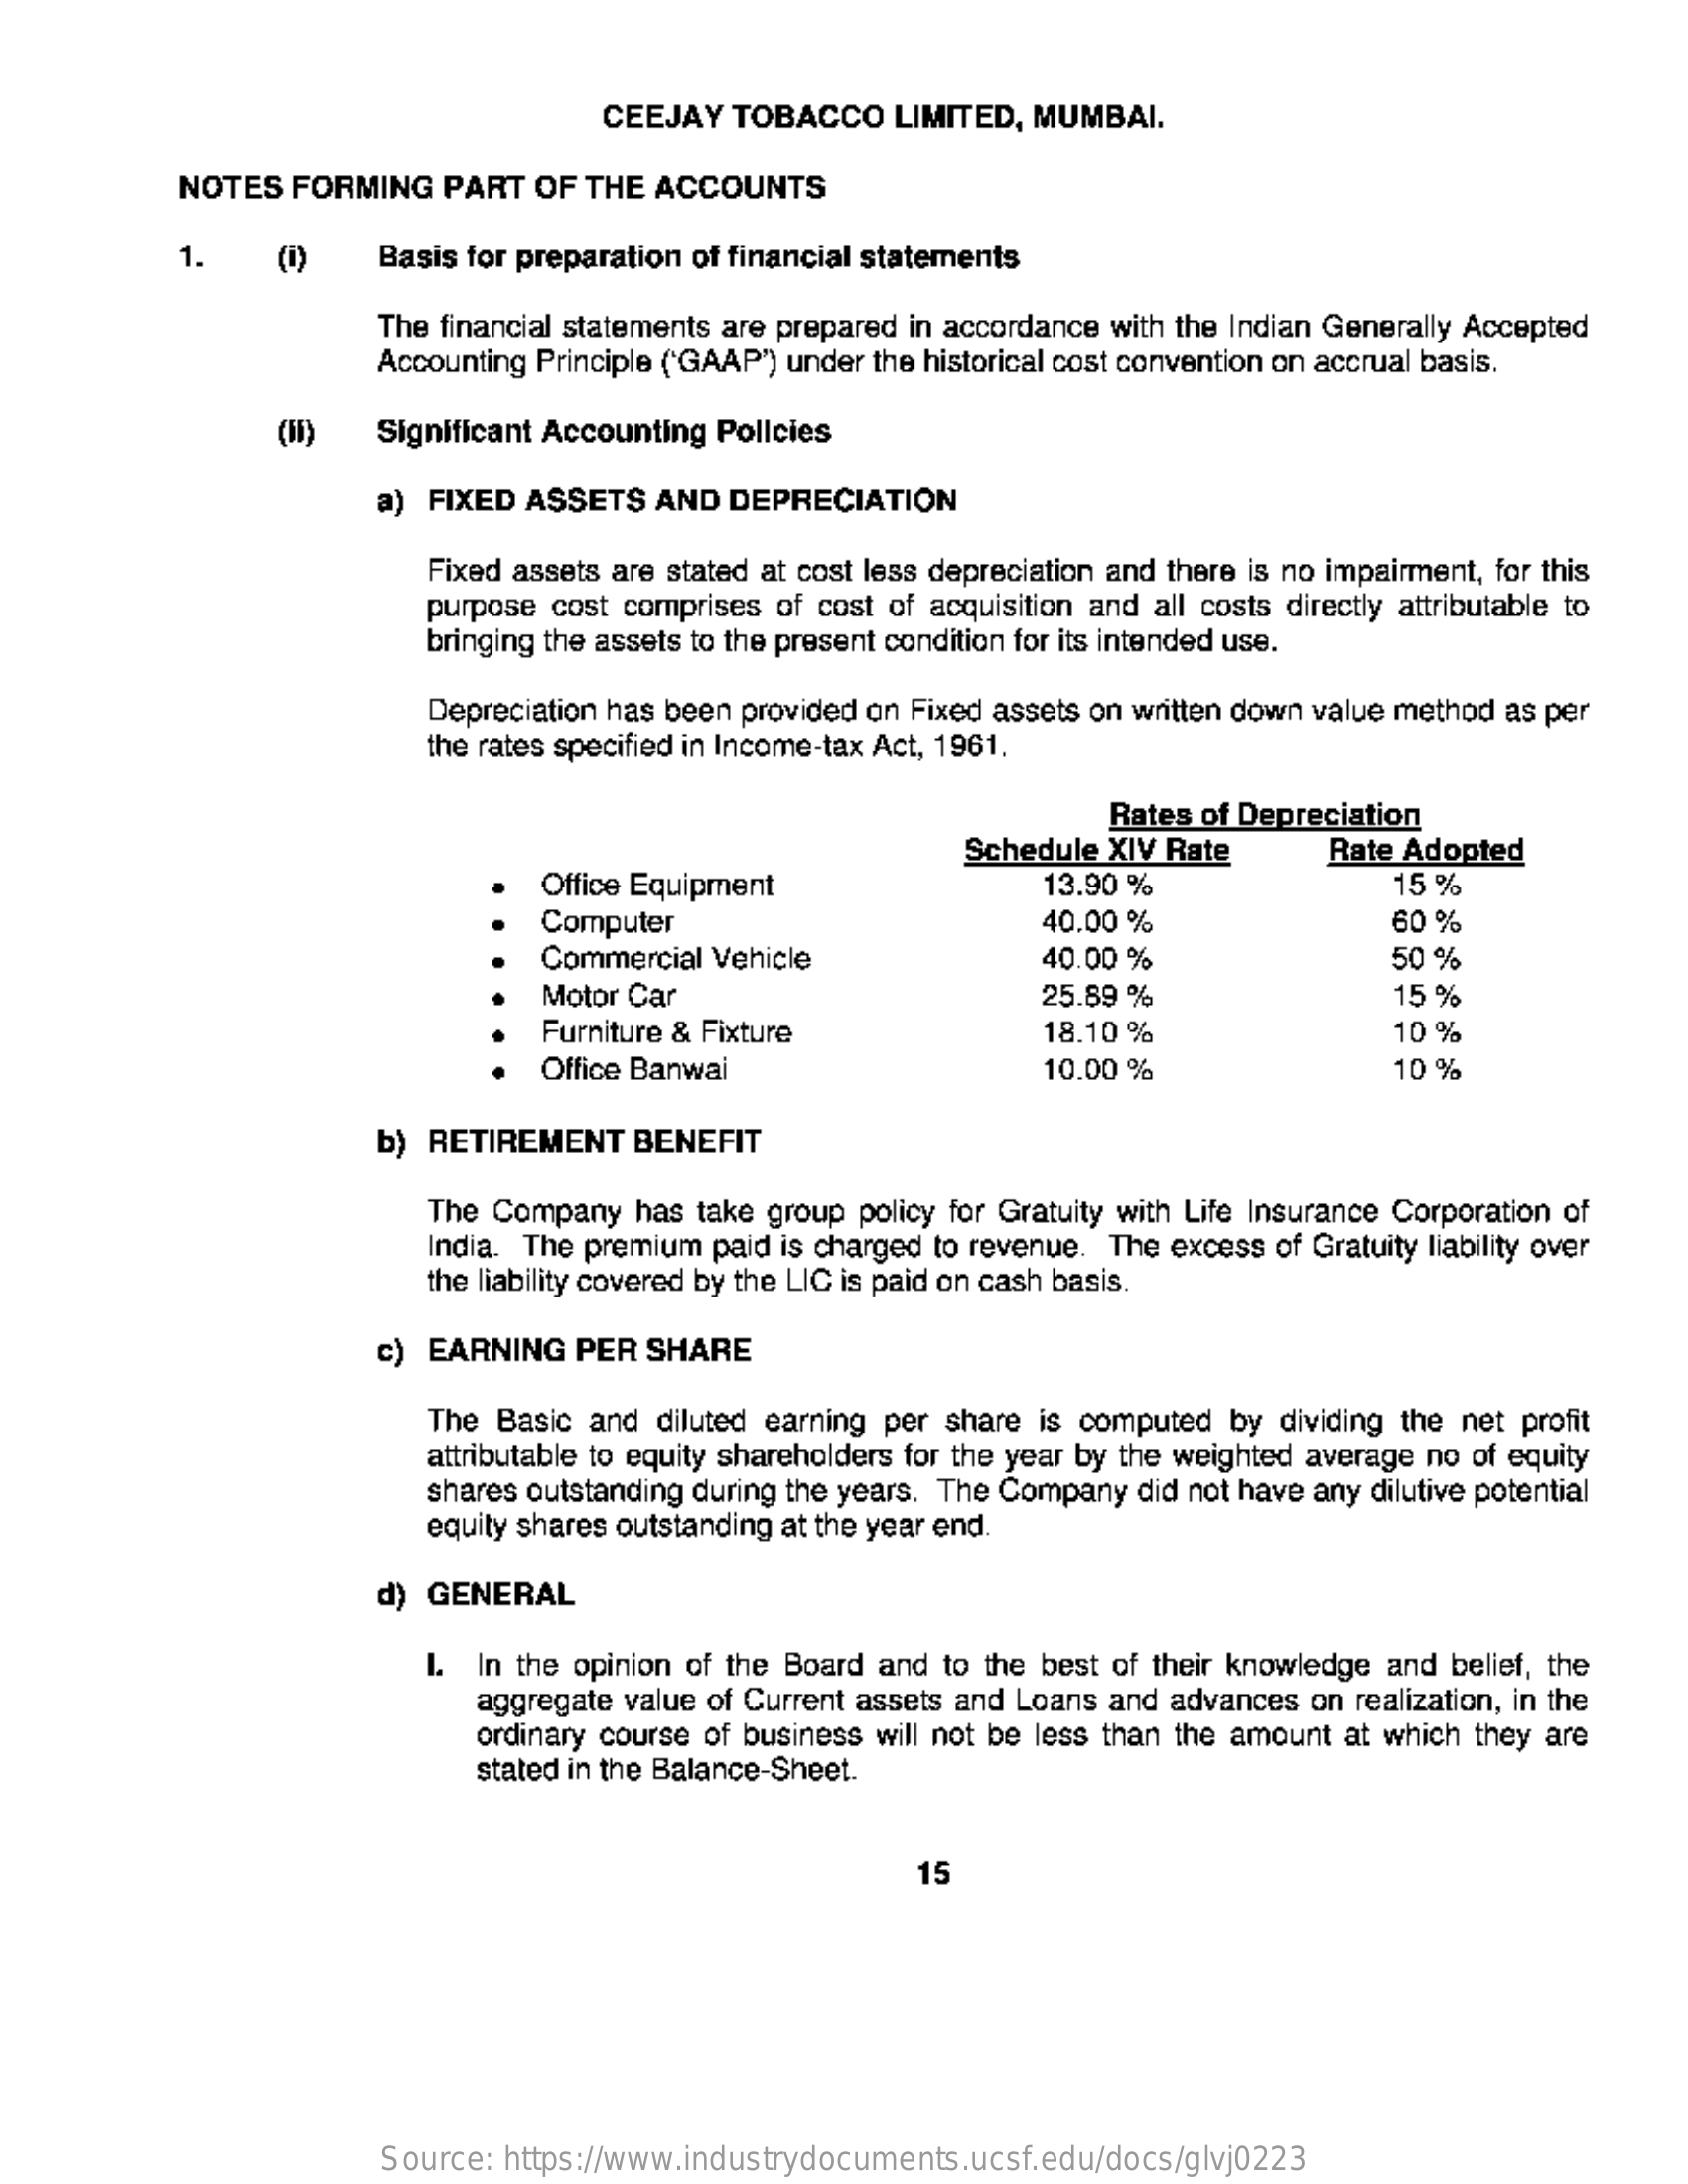
CEEJAY  TOBACCO  LIMITED, MUMBAI.
     NOTES  FORMING  PART  OF THE  ACCOUNTS
     1.    (i)    Basis for preparation of financial statements
     The financial statements are prepared in accordance with the Indian Generally Accepted
     Accounting Principle ('GAAP") under the historical cost convention on accrual basis.
     (11)   Significant Accounting Policies
     a) FIXED ASSETS  AND DEPRECIATION
     Fixed assets are stated at cost less depreciation and there is no impairment, for this
     purpose cost comprises of cost of acquisition and all costs directly attributable to
     bringing the assets to the present condition for its intended use.
     Depreciation has been provided on Fixed assets on written down value method as per
     the rates specified in Income-tax Act, 1961.
     Rates of Depreciation
     Office Equipment
     Schedule XIV Rate    Rate Adopted
     13.90 %    15 %
     Computer    40.00 %    60 %
     Commercial Vehicle    40.00 %    50  %
     Motor Car    25.89 %    15 %
     Furniture & Fixture    18.10 %    10 %
     Office Banwai    10.00 %    10 %
     b) RETIREMENT  BENEFIT
     The Company has take group policy for Gratuity with Life Insurance Corporation of
     India. The premium paid is charged to revenue. The excess of Gratuity liability over
     the liability covered by the LIC is paid on cash basis.
     c) EARNING  PER SHARE
     The Basic and diluted earning per share is computed by dividing the net profit
     attributable to equity shareholders for the year by the weighted average no of equity
     shares outstanding during the years. The Company did not have any dilutive potential
     equity shares outstanding at the year end.
     d) GENERAL
     I. In the opinion of the Board and to the best of their knowledge and belief, the
     aggregate value of Current assets and Loans and advances on realization, in the
     ordinary course of business will not be less than the amount at which they are
     stated in the Balance-Sheet.
     15
     Source: https://www.industrydocuments.ucsf.edu/docs/glvj0223